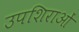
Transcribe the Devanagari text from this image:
उपशिराओं